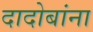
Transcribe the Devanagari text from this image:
दादोबांना